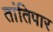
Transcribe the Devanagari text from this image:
तांतिपार